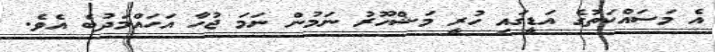
އެ މަސައްކަތުގެ އަޑީގައި ހުރީ މަޝްހޫރު ނަމުން ނަމަ ޖުހާ އަހައްމަދުބެ އެވެ.